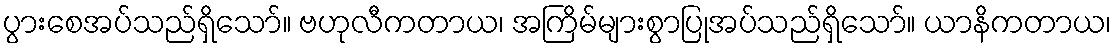
ပွားစေအပ်သည်ရှိသော်။ ဗဟုလီကတာယ၊ အကြိမ်များစွာပြုအပ်သည်ရှိသော်။ ယာနိကတာယ၊